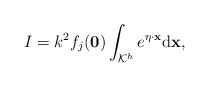
\begin{align*} I=k^2f_{j}(\mathbf 0)\int_{\mathcal K^{h}} e^{\eta \cdot \mathbf x}\mathrm d\mathbf x, \end{align*}